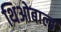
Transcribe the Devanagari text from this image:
थिओबाल्ड